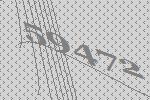
59472